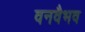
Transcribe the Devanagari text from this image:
वनवैभव